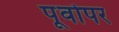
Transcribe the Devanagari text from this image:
पूर्वोपर